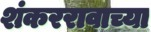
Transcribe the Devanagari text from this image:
शंकररावाच्या